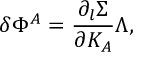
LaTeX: \delta \Phi ^ { A } = { \frac { \partial _ { l } \Sigma } { \partial K _ { A } } } \Lambda ,